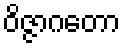
ဝိဇ္ဇာဂတော